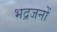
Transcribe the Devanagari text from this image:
भद्रजनों